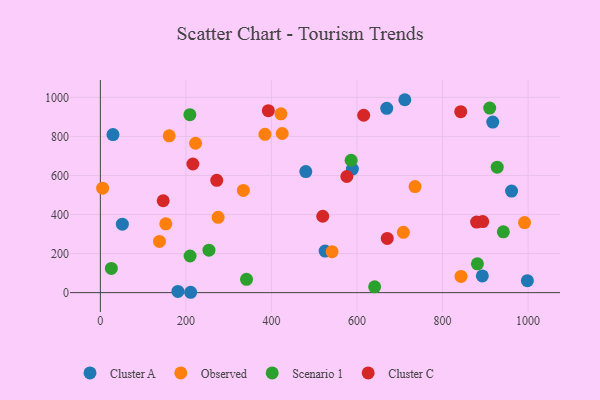
{"axis": {"x": "Price", "y": "Rating"}, "legend": ["Cluster A", "Cluster C", "Observed", "Scenario 1"], "data": [{"x": "711.8", "y": 988.0, "type": "Cluster A"}, {"x": "589.2", "y": 632.8, "type": "Cluster A"}, {"x": "181.3", "y": 5.9, "type": "Cluster A"}, {"x": "51.4", "y": 350.6, "type": "Cluster A"}, {"x": "669.5", "y": 943.9, "type": "Cluster A"}, {"x": "525.5", "y": 212.9, "type": "Cluster A"}, {"x": "961.3", "y": 520.0, "type": "Cluster A"}, {"x": "29.5", "y": 809.3, "type": "Cluster A"}, {"x": "480.3", "y": 620.2, "type": "Cluster A"}, {"x": "998.3", "y": 61.3, "type": "Cluster A"}, {"x": "917.3", "y": 873.4, "type": "Cluster A"}, {"x": "211.1", "y": 1.8, "type": "Cluster A"}, {"x": "893.0", "y": 85.6, "type": "Cluster A"}, {"x": "541.7", "y": 209.5, "type": "Observed"}, {"x": "708.4", "y": 308.8, "type": "Observed"}, {"x": "5.3", "y": 534.9, "type": "Observed"}, {"x": "161.0", "y": 803.1, "type": "Observed"}, {"x": "334.3", "y": 523.7, "type": "Observed"}, {"x": "384.8", "y": 810.6, "type": "Observed"}, {"x": "422.2", "y": 915.9, "type": "Observed"}, {"x": "425.2", "y": 815.0, "type": "Observed"}, {"x": "138.2", "y": 262.2, "type": "Observed"}, {"x": "153.0", "y": 352.4, "type": "Observed"}, {"x": "275.3", "y": 385.9, "type": "Observed"}, {"x": "843.2", "y": 83.2, "type": "Observed"}, {"x": "735.7", "y": 543.4, "type": "Observed"}, {"x": "991.7", "y": 358.6, "type": "Observed"}, {"x": "222.6", "y": 765.1, "type": "Observed"}, {"x": "942.1", "y": 311.3, "type": "Scenario 1"}, {"x": "341.7", "y": 68.3, "type": "Scenario 1"}, {"x": "586.3", "y": 677.9, "type": "Scenario 1"}, {"x": "910.2", "y": 945.3, "type": "Scenario 1"}, {"x": "641.2", "y": 29.7, "type": "Scenario 1"}, {"x": "25.7", "y": 124.2, "type": "Scenario 1"}, {"x": "881.5", "y": 147.7, "type": "Scenario 1"}, {"x": "209.7", "y": 187.6, "type": "Scenario 1"}, {"x": "253.9", "y": 217.6, "type": "Scenario 1"}, {"x": "927.8", "y": 642.6, "type": "Scenario 1"}, {"x": "209.3", "y": 911.3, "type": "Scenario 1"}, {"x": "615.6", "y": 908.6, "type": "Cluster C"}, {"x": "893.9", "y": 364.0, "type": "Cluster C"}, {"x": "146.9", "y": 470.6, "type": "Cluster C"}, {"x": "879.7", "y": 361.2, "type": "Cluster C"}, {"x": "392.7", "y": 931.9, "type": "Cluster C"}, {"x": "670.7", "y": 277.7, "type": "Cluster C"}, {"x": "576.2", "y": 594.8, "type": "Cluster C"}, {"x": "842.5", "y": 926.7, "type": "Cluster C"}, {"x": "519.9", "y": 391.2, "type": "Cluster C"}, {"x": "216.3", "y": 658.7, "type": "Cluster C"}, {"x": "272.1", "y": 575.0, "type": "Cluster C"}]}